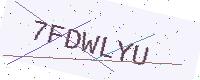
Text: 7FDWLYU